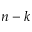
n - k